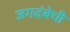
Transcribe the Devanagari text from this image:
जगदंबेची